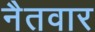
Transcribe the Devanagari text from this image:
नैतवार